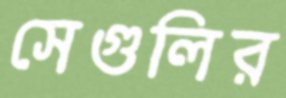
সেগুলির